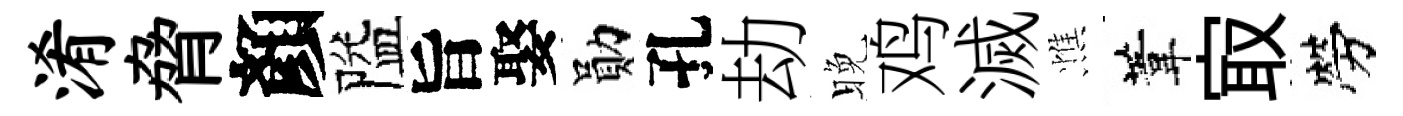
淆脅顏隘旨娶勛孔劫晚鸡滅憔葦㝡勞